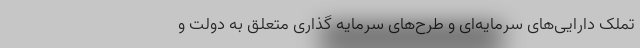
تملک دارایی‌های سرمایه‌ای و طرح‌های سرمایه گذاری متعلق به دولت و